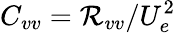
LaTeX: C_{vv}=\mathcal{R}_{vv}/U_{e}^{2}